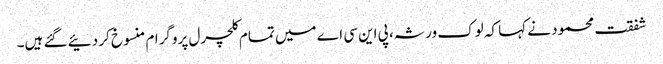
شفقت محمود نے کہا کہ لوک ورثہ، پی این سی اے میں تمام کلچرل پروگرام منسوخ کر دئیے گئے ہیں۔